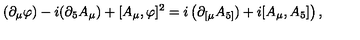
( \partial _ { \mu } \varphi ) - i ( \partial _ { 5 } A _ { \mu } ) + [ A _ { \mu } , \varphi ] ^ { 2 } = i \left( \partial _ { \lbrack \mu } A _ { 5 ] } ) + i [ A _ { \mu } , A _ { 5 } ] \right) ,